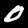
Digit: 0